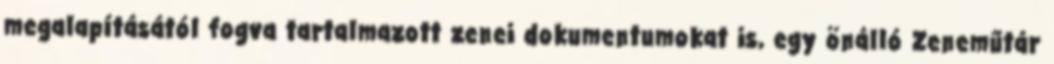
megalapításától fogva tartalmazott zenei dokumentumokat is, egy önálló Zeneműtár